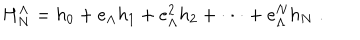
LaTeX: H _ { N } ^ { \Lambda } = h _ { 0 } + e _ { \Lambda } h _ { 1 } + e _ { \Lambda } ^ { 2 } h _ { 2 } + \cdot \cdot \cdot + e _ { \Lambda } ^ { N } h _ { N } \; .